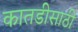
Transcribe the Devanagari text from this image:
कातडीसाठी